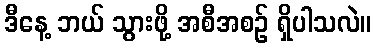
ဒီနေ့ ဘယ် သွားဖို့ အစီအစဉ် ရှိပါသလဲ။